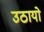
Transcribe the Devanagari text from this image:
उठायो